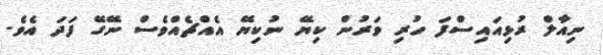
ނިއާލް ރުޅިއައިސްފަ ހުރި ވަރުން ކިޔޭ ނުކިޔޭ އެއްޗެއްވެސް ނޭގޭ ފަދަ އެވެ.